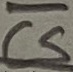
Text: CS